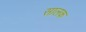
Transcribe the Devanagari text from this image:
सालक